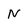
Character: N